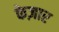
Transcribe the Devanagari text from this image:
केज़ार